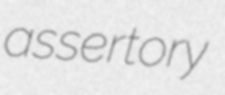
assertory